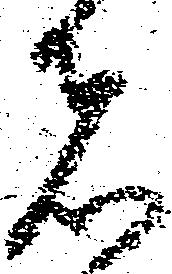
者